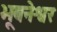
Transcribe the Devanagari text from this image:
भूबनेश्वर